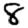
Digit: 8